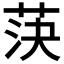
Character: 𦯊